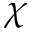
\chi